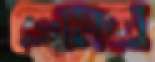
ভ্রোমরা